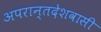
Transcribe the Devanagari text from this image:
अपरान्तदेशवासी